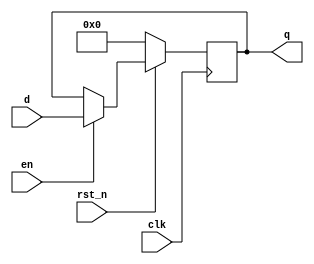
module register #(
    parameter width = 64
) (
    input wire rst_n,
    input wire clk, 
    input wire en,
    input wire [width - 1:0] d,
    output reg [width - 1:0] q 
);
    always @(posedge clk) begin
        if(~rst_n)    
            q <= 0;
        else if(en) 
            q <= d;
    end
endmodule